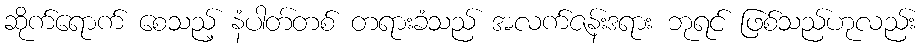
ဆိုက်ရောက် စေသည့် နံပါတ်တစ် တရားခံသည် အလက်ဇန်းဒရား ဘုရင် ဖြစ်သည်ဟုလည်း